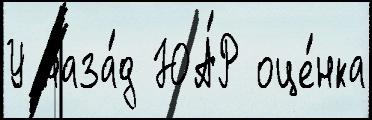
У наза́д ЮА́Р оце́нка